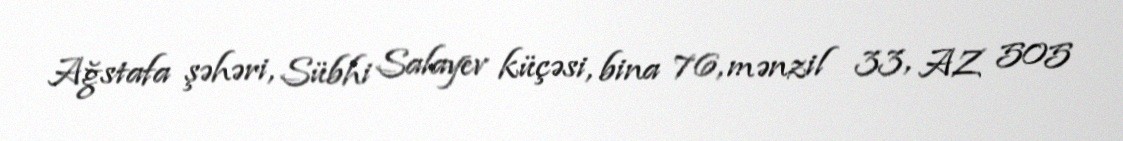
Ağstafa şəhəri, Sübhi Salayev küçəsi, bina 76, mənzil 33, AZ 505